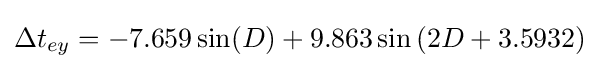
\Delta t_{ey}=-7.659\sin(D)+9.863\sin \left(2D+3.5932\right)